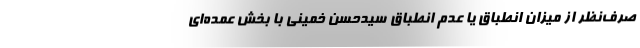
صرف‌نظر از میزان انطباق یا عدم انطباق سیدحسن خمینی با بخش عمده‌ای